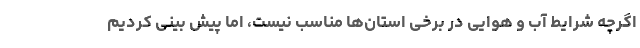
اگرچه شرایط آب و هوایی در برخی استان‌ها مناسب نیست، اما پیش بینی کردیم